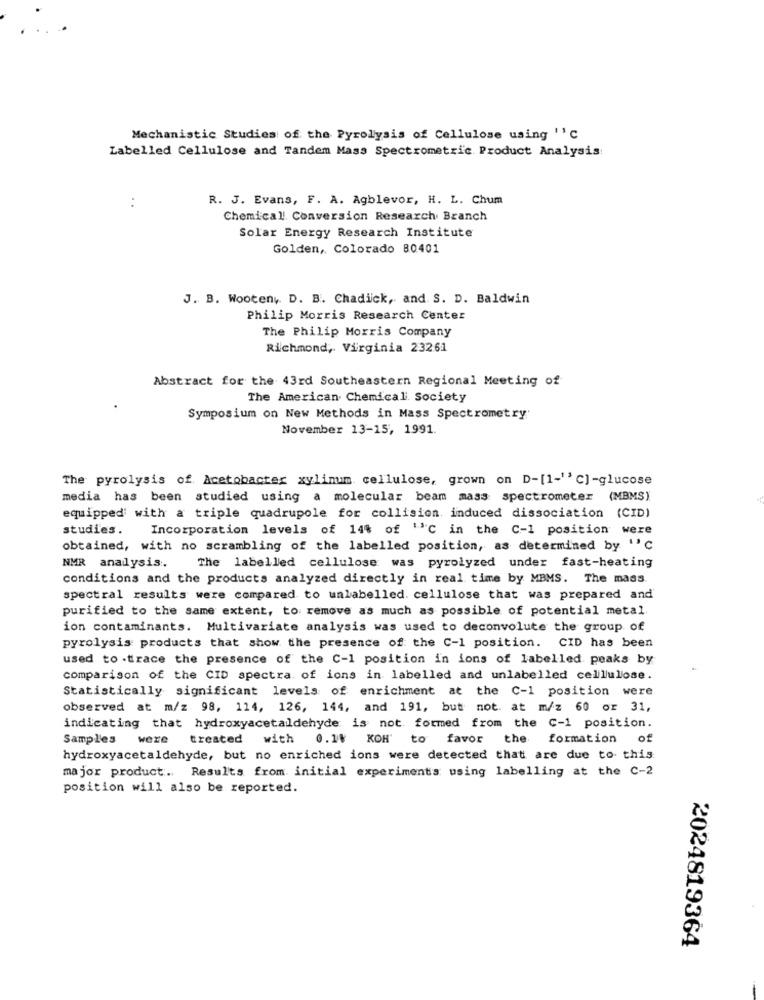
Mechanistic Studies of the Pyrolysis of Cellulose using ''c
Labelled Cellulose and Tandem Mass Spectrometric. Product Analysis
R. J. Evans, F. A. Agblevor, H. L. Chum
. .
Chemical Conversion Research Branch
Solar Energy Research Institute
Golden, Colorado 80401
J. B. Wooten, D. B. Chadick, and S. D. Baldwin
Philip Morris Research Center
The Philip Morris Company
Richmond, Virginia 23261
Abstract for the 43rd Southeastern Regional Meeting of
The American Chemical Society
Symposium on New Methods in Mass Spectrometry
November 13-15, 1991.
The pyrolysis of Acetobacter xylinum cellulose, grown on D-[1-''C]-glucose
media has been studied using a molecular beam mass spectrometer (MBMS)
equipped with a triple quadrupole for collision induced dissociation (CID)
studies. Incorporation levels of 14% of ''C in the C-1 position were
obtained, with no scrambling of the labelled position, as determined by "C
NMR analysis.
The labelled cellulose was pyrolyzed under fast-heating
conditions and the products analyzed directly in real time by MBMS. The mass.
spectral results were compared to unlabelled. cellulose that was prepared and
purified to the same extent, to remove as much as possible of potential metal.
ion contaminants. Multivariate analysis was used to deconvolute the group of
pyrolysis products that show the presence of the C-1 position. CID has been
used to .trace the presence of the C-1 position in ions of labelled peaks by
comparison of the CID spectra of ions in labelled and unlabelled cellulose.
Statistically significant levels of enrichment at the C-1 position were
observed at m/z 98, 114, 126, 144, and 191, but not. at m/z 60 or 31,
indicating that hydroxyacetaldehyde is not. formed from the C-1 position.
Samples
were
treated with 0.14 KOH' to favor the formation of
hydroxyacetaldehyde, but no enriched ions were detected that are due to- this
major product. Results from initial experiments using labelling at the C-2
position will also be reported.
2024819364